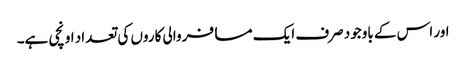
اور اس کے باوجود صرف ایک مسافر والی کاروں کی تعداد اونچی ہے۔